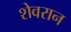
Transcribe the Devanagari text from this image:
शेवरान